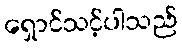
ရှောင်သင့်ပါသည်